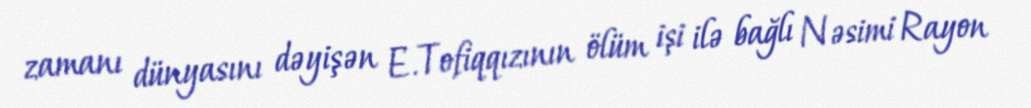
zamanı dünyasını dəyişən E.Tofiqqızının ölüm işi ilə bağlı Nəsimi Rayon